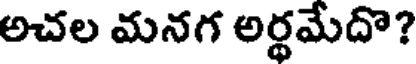
అచల మనగ అర్థమేదొ?